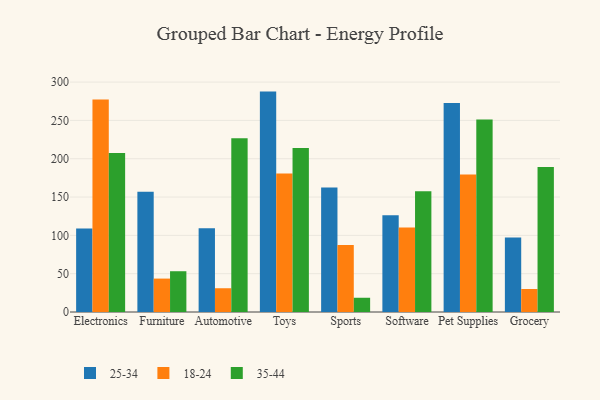
{"axis": {"x": "Category", "y": "Satisfaction Score"}, "legend": ["18-24", "25-34", "35-44"], "data": [{"x": "Electronics", "y": 108.8, "type": "25-34"}, {"x": "Electronics", "y": 277.3, "type": "18-24"}, {"x": "Electronics", "y": 207.4, "type": "35-44"}, {"x": "Furniture", "y": 156.9, "type": "25-34"}, {"x": "Furniture", "y": 43.6, "type": "18-24"}, {"x": "Furniture", "y": 53.2, "type": "35-44"}, {"x": "Automotive", "y": 109.3, "type": "25-34"}, {"x": "Automotive", "y": 31.0, "type": "18-24"}, {"x": "Automotive", "y": 226.7, "type": "35-44"}, {"x": "Toys", "y": 287.6, "type": "25-34"}, {"x": "Toys", "y": 180.8, "type": "18-24"}, {"x": "Toys", "y": 214.1, "type": "35-44"}, {"x": "Sports", "y": 162.5, "type": "25-34"}, {"x": "Sports", "y": 87.4, "type": "18-24"}, {"x": "Sports", "y": 18.6, "type": "35-44"}, {"x": "Software", "y": 126.4, "type": "25-34"}, {"x": "Software", "y": 110.3, "type": "18-24"}, {"x": "Software", "y": 157.7, "type": "35-44"}, {"x": "Pet Supplies", "y": 272.7, "type": "25-34"}, {"x": "Pet Supplies", "y": 179.5, "type": "18-24"}, {"x": "Pet Supplies", "y": 251.3, "type": "35-44"}, {"x": "Grocery", "y": 97.2, "type": "25-34"}, {"x": "Grocery", "y": 30.0, "type": "18-24"}, {"x": "Grocery", "y": 189.2, "type": "35-44"}]}